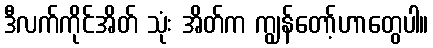
ဒီလက်ကိုင်အိတ် သုံး အိတ်က ကျွန်တော့်ဟာတွေပါ။